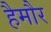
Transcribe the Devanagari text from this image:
हैमौर